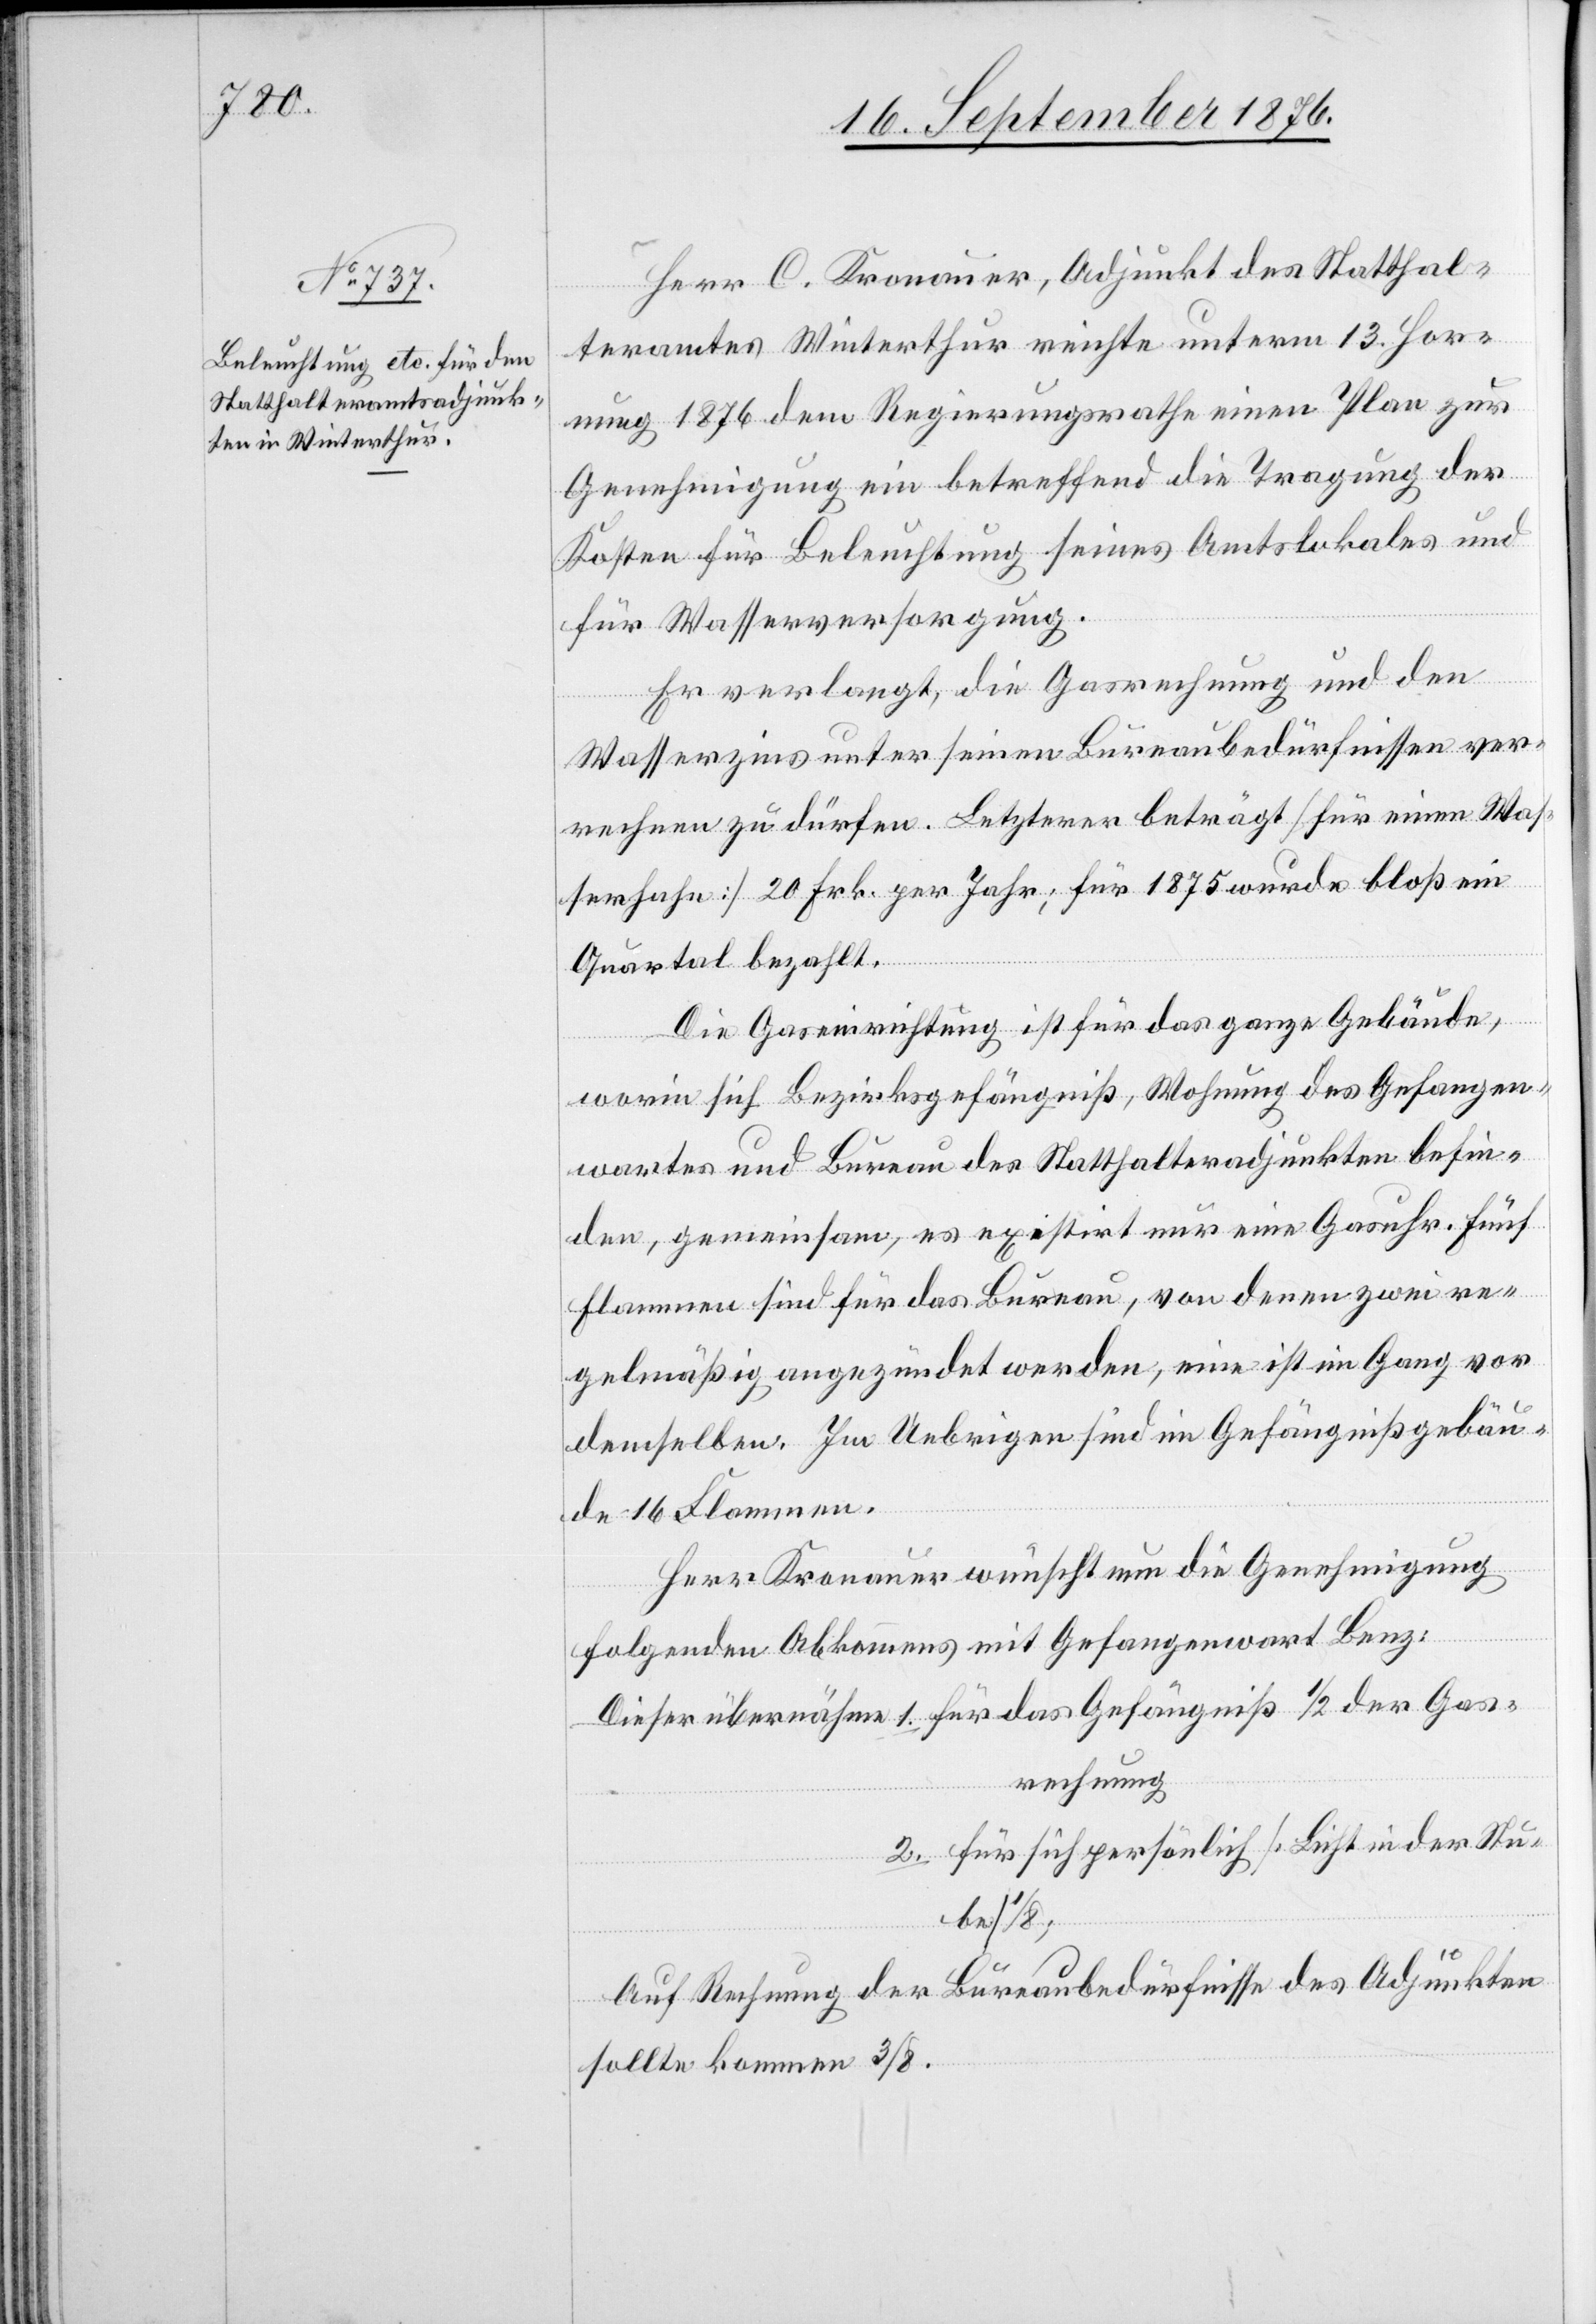
Herr C. Kronauer, Adjunkt des Statthal¬
teramtes Winterthur reichte unterm 13. Hor¬
nung 1876 dem Regierungsrathe einen Plan zur
Genehmigung ein betreffend die Tragung der
Kosten für Beleuchtung seines Amtslokales und
für Wasserversorgung.
Er verlangt, die Gasrechnung und den
Wasserzins unter seinen Bureaubedürfnissen ver¬
rechnen zu dürfen. Letzterer beträgt [für einen Was¬
serhahn] 20 Frk. per Jahr; für 1875 wurde bloß ein
Quartal bezahlt.
das
Die Gaseinrichtung ist für das ganze Gebäude,
worin sich Bezirksgefängniß, Wohnung des Gefangen¬
wartes und Bureau des Statthalteradjunkten befin¬
den, gemeinsam, es existirt nur eine Gasuhr. Fünf
Flammen sind für das Bureau, von deren zwei re¬
gelmäßig angezündet werden, eine ist im Gang vor
demselben. Im Uebrigen sind im Gefängnißgebäu¬
de 16 Flammen.
Herr Kronauer wünscht nun die Genehmigung
folgenden Abkommens mit Gefangenenwart Benz:
rechnung
2. für sich persönlich [Licht in der Stu¬
be]
Auf Rechnung der Bureaubedürfnisse des Adjunkten
sollte kommen 3/8.